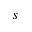
s